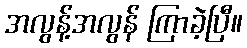
အလွန့်အလွန် ကြာခဲ့ပြီ။